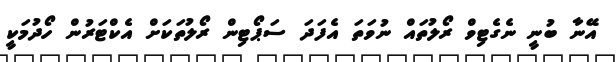
އޭނާ ބުނީ ނެގެޓިވް ރޯލުތައް ނުވަތަ އެފަދަ ސަޕޯޓިން ރޯލުތަކަށް އެކްޓަރުން ހޯދުމަކީ